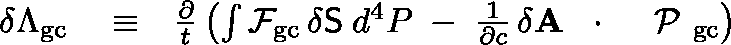
\begin{array} { r l r } { \delta \Lambda _ { \mathrm { g c } } } & { { } \equiv } & { \frac { \partial } { t } \left( \int { \cal F } _ { \mathrm { g c } } \, \delta { \sf S } \; d ^ { 4 } P \; - \; \frac { 1 } { \partial c } \, \delta { \bf A } \, \mathrm { ~ \boldmath ~ \cdot ~ } \, \mathrm { ~ \boldmath ~ \cal ~ P ~ } _ { \mathrm { g c } } \right) } \end{array}